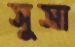
সুসা